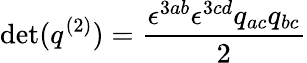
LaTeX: \operatorname*{det}(q^{(2)})={\frac{\epsilon^{3ab}\epsilon^{3cd}q_{ac}q_{bc}}{2}}